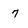
Character: 7